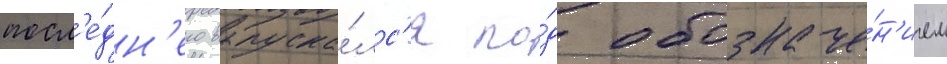
посл'е́дн'его выпуска́лс'я по́д обозначе́н'ием